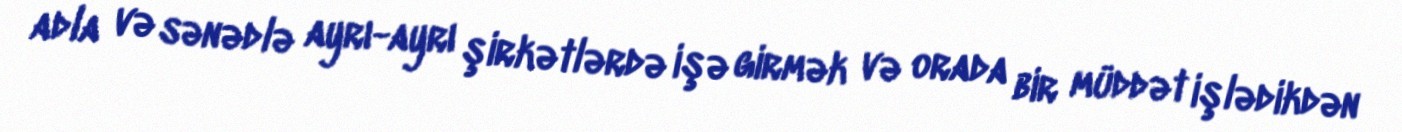
adla və sənədlə ayrı-ayrı şirkətlərdə işə girmək və orada bir müddət işlədikdən